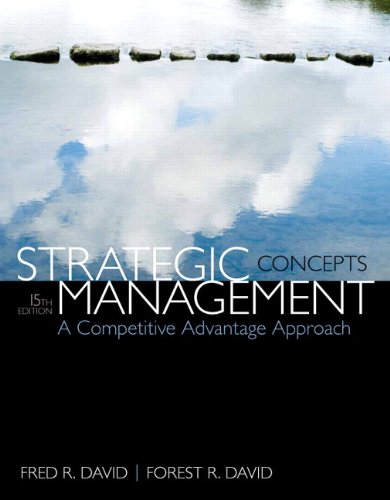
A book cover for Strategic Management: A Competitive Advantage Approach, Concepts (15th Edition); Fred R. David; Business & Money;